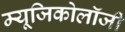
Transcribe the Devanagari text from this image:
म्‍यूजिकोलॉजी